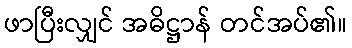
ဖာပြီးလျှင် အဓိဋ္ဌာန် တင်အပ်၏။